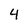
Character: 4